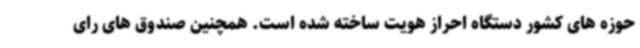
حوزه های کشور دستگاه احراز هویت ساخته شده است. همچنین صندوق های رای